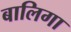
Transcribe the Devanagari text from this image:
बालिगा